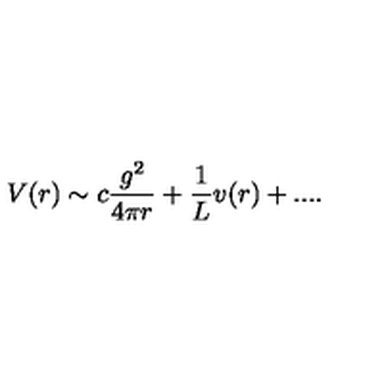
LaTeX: V ( r ) \sim c \frac { g ^ { 2 } } { 4 \pi r } + \frac { 1 } { L } v ( r ) + . . . .